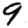
Digit: 9